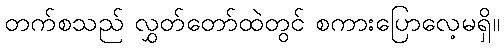
တက်စသည် လွှတ်တော်ထဲတွင် စကားပြောလေ့မရှိ။